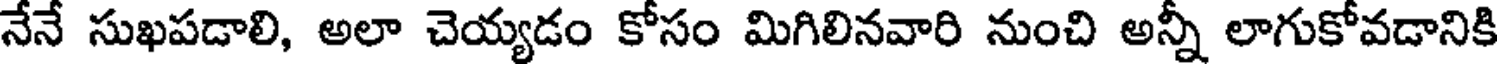
నేనే సుఖపడాలి, అలా చెయ్యడం కోసం మిగిలినవారి నుంచి అన్నీ లాగుకోవడానికి